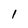
Character: 1